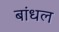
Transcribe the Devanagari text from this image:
बांधल